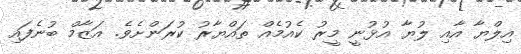
އިލްޔާ އާއި ލުޔާ އުޅުނީ މީރު ކެއުމެއް ތައްޔާރު ކުރަންށެވެ. އަޒާމް ބުނެފައި